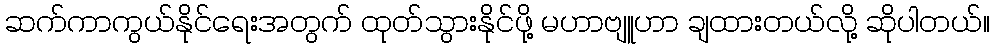
ဆက်ကာကွယ်နိုင်ရေးအတွက် ထုတ်သွားနိုင်ဖို့ မဟာဗျူဟာ ချထားတယ်လို့ ဆိုပါတယ်။